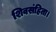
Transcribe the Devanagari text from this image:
शिवसंहिता।